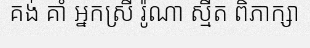
គង់ គាំ អ្នកស្រី រ៉ូណា ស្មីត ពិភាក្សា